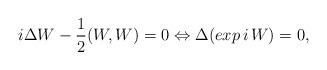
LaTeX: \begin{align*}i\Delta W -{1\over 2} (W,W) = 0 \Leftrightarrow \Delta(exp\,i\,W)=0,\end{align*}